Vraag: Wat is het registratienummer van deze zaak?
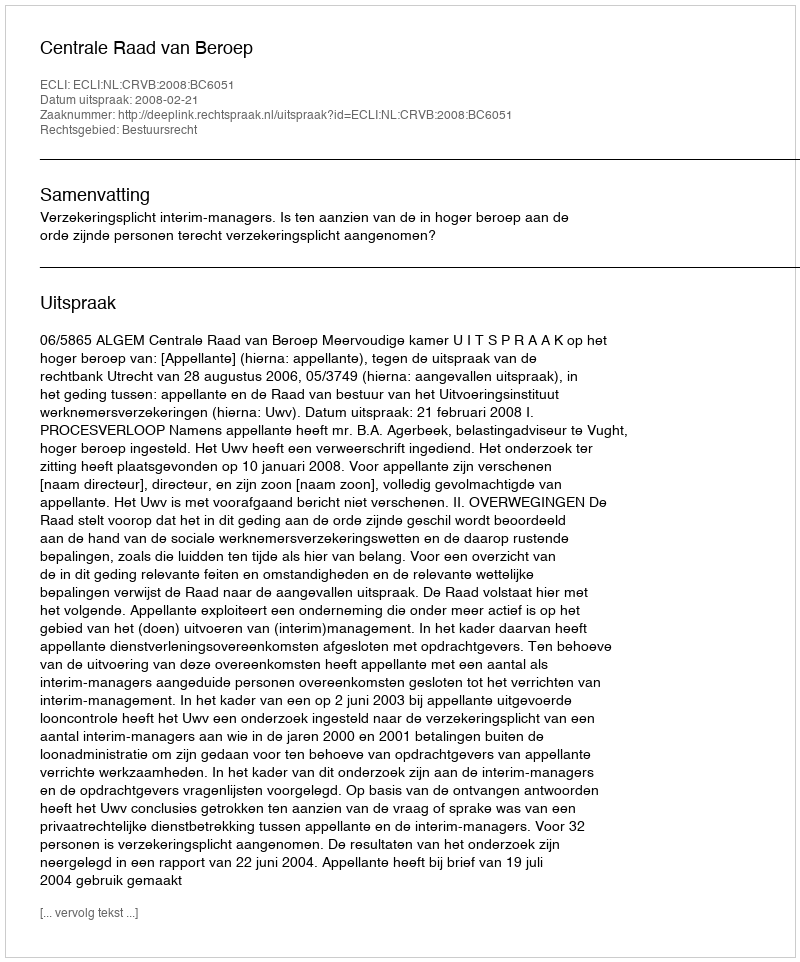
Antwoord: http://deeplink.rechtspraak.nl/uitspraak?id=ECLI:NL:CRVB:2008:BC6051